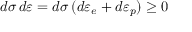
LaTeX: d \sigma \, d \varepsilon = d \sigma \, ( d \varepsilon _ { e } + d \varepsilon _ { p } ) \geq 0